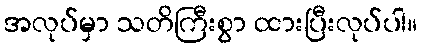
အလုပ်မှာ သတိကြီးစွာ ထားပြီးလုပ်ပါ။